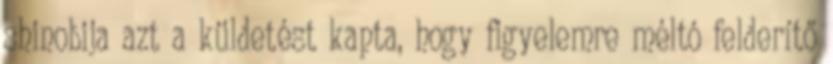
shinobija azt a küldetést kapta, hogy figyelemre méltó felderítő